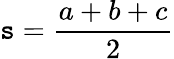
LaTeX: \mathtt{s}={\frac{{a+b+c}}{{2}}}